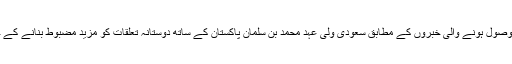
قبل ازیں موصول ہونے والی خبروں کے مطابق سعودی ولی عہد محمد بن سلمان پاکستان کے ساتھ دوستانہ تعلقات کو مزید مضبوط بنانے کے خواہاں ہیں۔